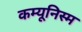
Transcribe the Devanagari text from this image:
कम्यूनिस्म